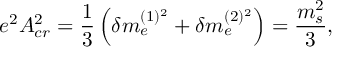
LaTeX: e ^ { 2 } A _ { c r } ^ { 2 } = { \frac { 1 } { 3 } } \left( \delta m _ { e } ^ { ( 1 ) ^ { 2 } } + \delta m _ { e } ^ { ( 2 ) ^ { 2 } } \right) = { \frac { m _ { s } ^ { 2 } } { 3 } } ,